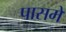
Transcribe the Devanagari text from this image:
पासमें